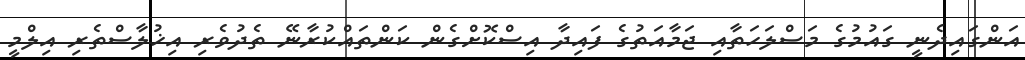
އަންގައިދެނީ ގައުމުގެ މަސްލަހަތާއި ޖަމާއަތުގެ ފައިދާ އިސްކޮށްގެން ކަންތައްކުރާނޭ ތެދުވެރި އިޚުލާސްތެރި އިލްމީ